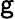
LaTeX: \mathsf{g}